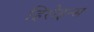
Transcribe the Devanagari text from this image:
हिरोइन्स